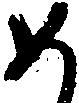
め